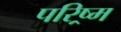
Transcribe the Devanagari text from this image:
परिष्र्म